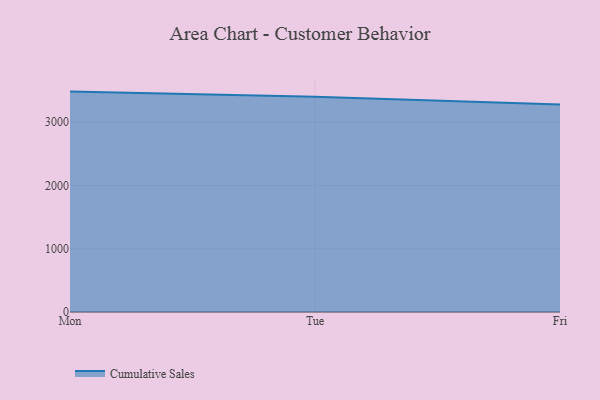
{"axis": {"x": "Day", "y": "Budget (USD K)"}, "legend": ["Cumulative Sales"], "data": [{"x": "Mon", "y": 3484.4, "type": "Cumulative Sales"}, {"x": "Tue", "y": 3401.8, "type": "Cumulative Sales"}, {"x": "Fri", "y": 3280.9, "type": "Cumulative Sales"}]}